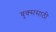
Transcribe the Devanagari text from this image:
बुक्ससाठी